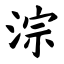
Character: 淙